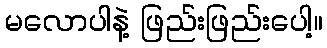
မလောပါနဲ့ ဖြည်းဖြည်းပေါ့။